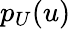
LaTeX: p_{U}(u)